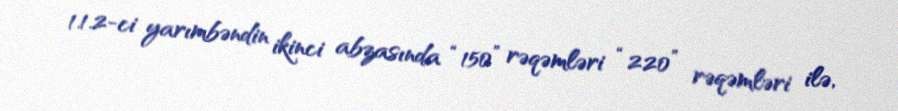
1.1.2-ci yarımbəndin ikinci abzasında “150” rəqəmləri “220” rəqəmləri ilə,